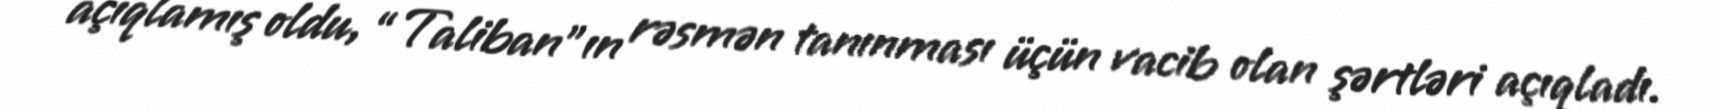
açıqlamış oldu, “Taliban”ın rəsmən tanınması üçün vacib olan şərtləri açıqladı.